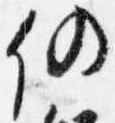
仍